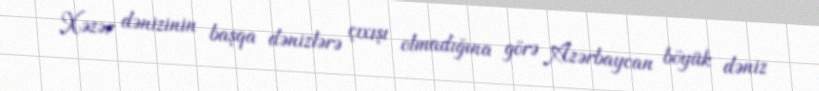
Xəzər dənizinin başqa dənizlərə çıxışı olmadığına görə Azərbaycan böyük dəniz